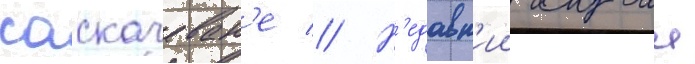
саскачеван'е // Н'едавн'ии случаи